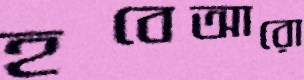
হবেআরো